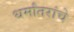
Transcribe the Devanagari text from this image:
धर्मांतरांचे